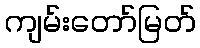
ကျမ်းတော်မြတ်